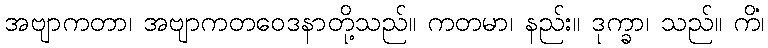
အဗျာကတာ၊ အဗျာကတဝေဒနာတို့သည်။ ကတမာ၊ နည်း။ ဒုက္ခာ၊ သည်။ ကိံ၊